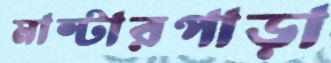
মাস্টারপাড়া